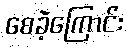
စေခဲ့ကြောင်း